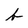
Character: b